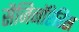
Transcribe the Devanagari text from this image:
सैजिनॉप्टेरिस